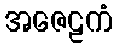
အဇေဠကံ